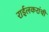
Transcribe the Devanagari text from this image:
राईलकरांची